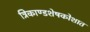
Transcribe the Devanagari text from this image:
त्रिकाण्डशेषकोशात